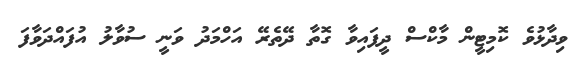
ވިދާޅުވެ ކޮމިޓީން މާކްސް ދީފައިވާ ގޮތާ ދޭތެރޭ އަހްމަދު ވަނީ ސުވާލު އުފައްދަވާފަ